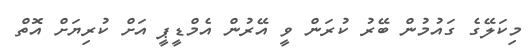
މިކަލޭގެ ގައުމުން ބޭރު ކުރަން ވީ އޭރުން އެމްޑީޕީ އަށް ކުރިޔަށް އޮތް